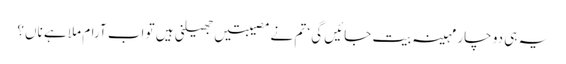
یہ ہی دو چار مہینہ بیت جائیں گی ‘ تم نے مصیبتیں جھیلنی ہیں تو اب آرام ملا ہے ناں؟